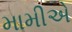
મામીએ